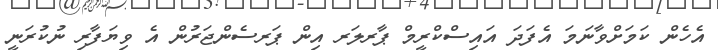
އެހެން ކަމަށްވާނަމަ އެފަދަ އައިސްކްރީމް ޕާރލަރ އިން ޕަރސެންޖަރުން އެ ވިޔަފާރި ނުކުރަނީ